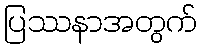
ပြဿနာအတွက်